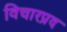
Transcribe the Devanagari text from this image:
विचारप्रद